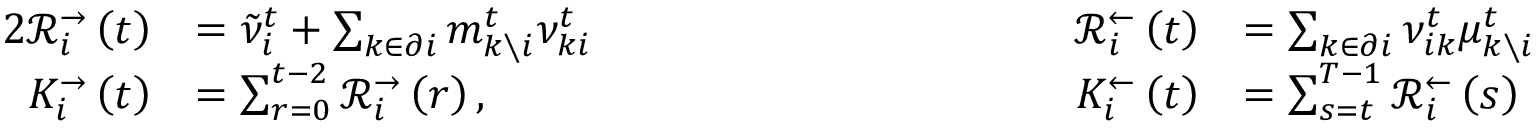
\begin{array} { r l r l } { { 2 } \mathcal { R } _ { i } ^ { \rightarrow } \left( t \right) } & { = \tilde { \nu } _ { i } ^ { t } + \sum _ { k \in \partial i } m _ { k \setminus i } ^ { t } \nu _ { k i } ^ { t } \qquad \qquad \qquad \qquad \qquad } & { \mathcal { R } _ { i } ^ { \leftarrow } \left( t \right) } & { = \sum _ { k \in \partial i } \nu _ { i k } ^ { t } \mu _ { k \setminus i } ^ { t } } \\ { K _ { i } ^ { \rightarrow } \left( t \right) } & { = \sum _ { r = 0 } ^ { t - 2 } \mathcal { R } _ { i } ^ { \rightarrow } \left( r \right) , } & { K _ { i } ^ { \leftarrow } \left( t \right) } & { = \sum _ { s = t } ^ { T - 1 } \mathcal { R } _ { i } ^ { \leftarrow } \left( s \right) } \end{array}